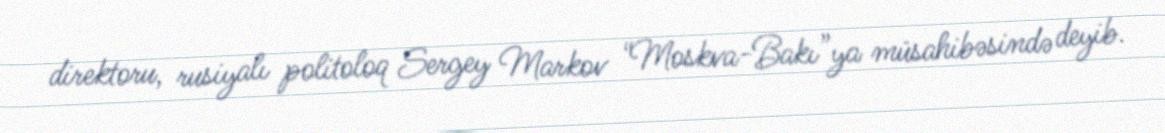
direktoru, rusiyalı politoloq Sergey Markov “Moskva-Bakı”ya müsahibəsində deyib.